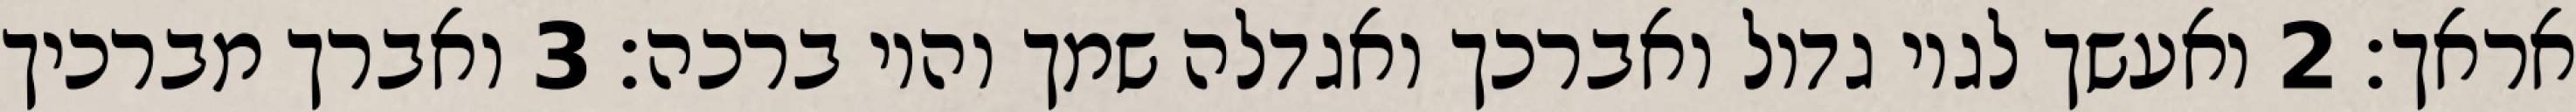
אראך׃ ‎2‏ ואעשך לגוי גדול ואברכך ואגדלה שמך והוי ברכה׃ ‎3‏ ואברך מברכיך